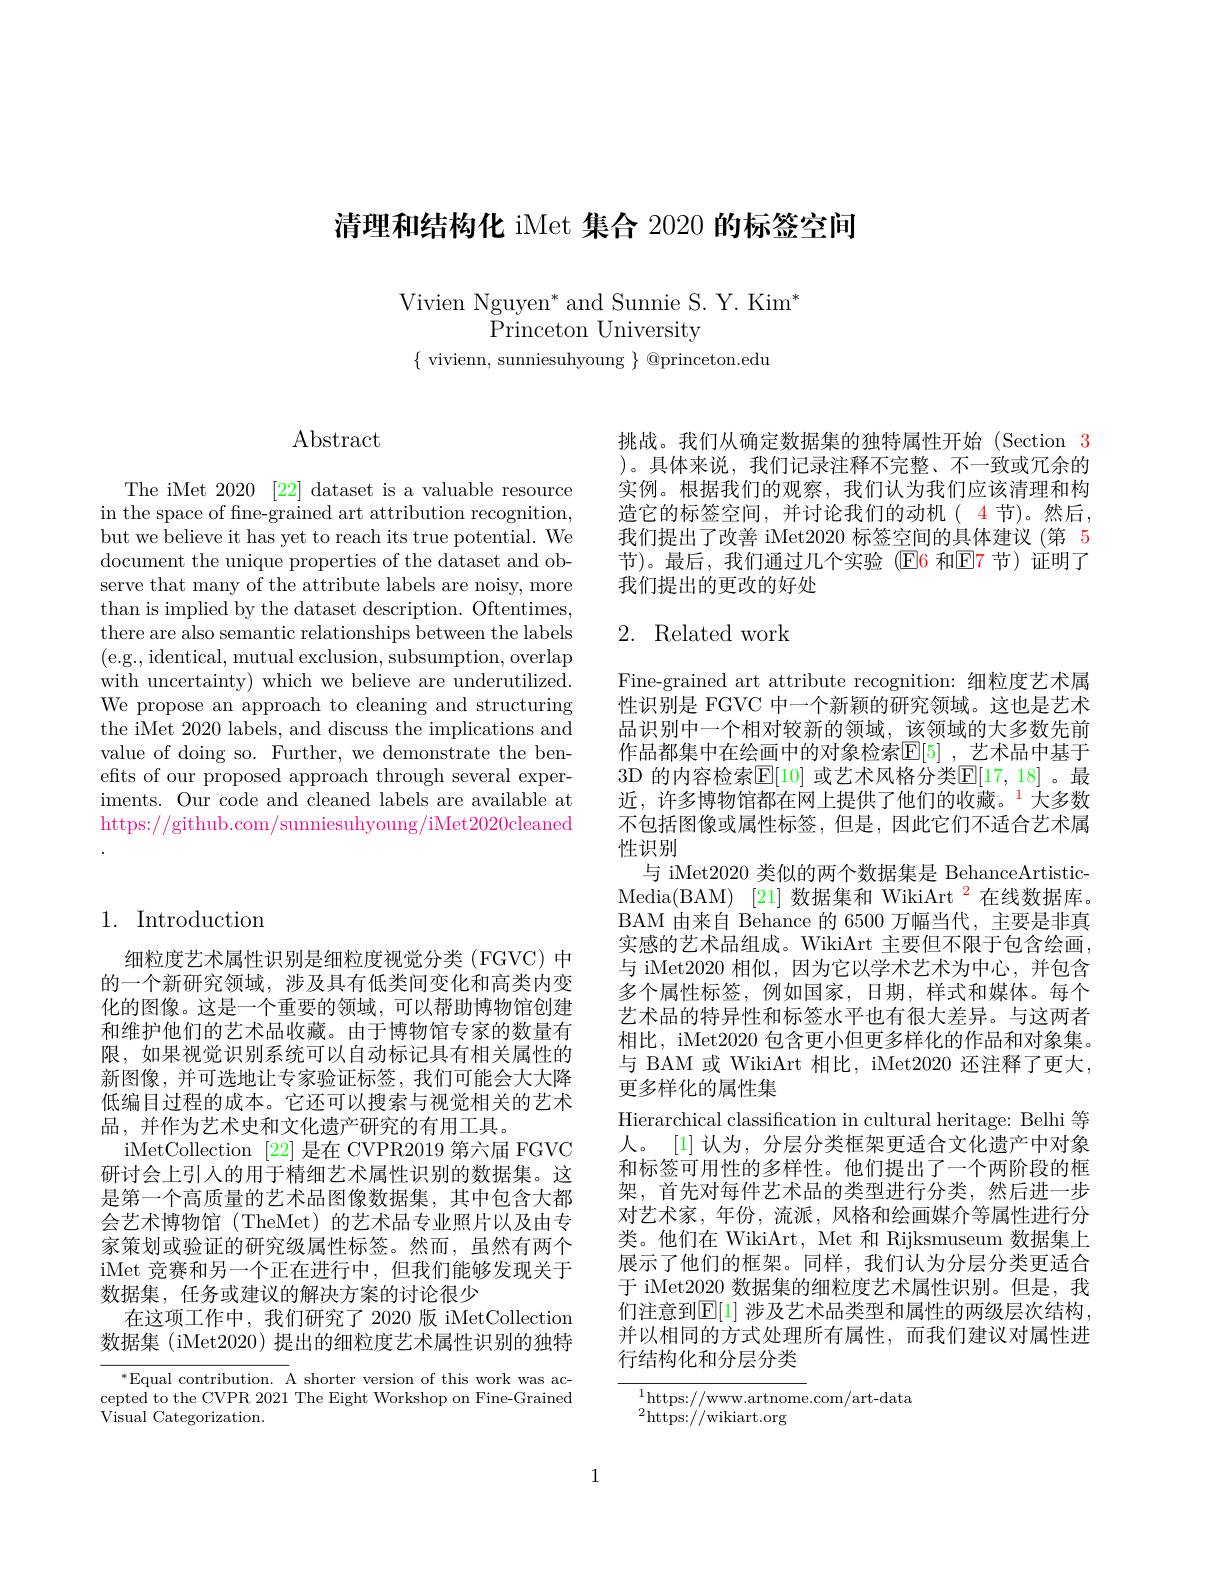
清理和结构化 iMet 集合 2020 的标签空间

Vivien Nguyen* and Sunnie S. Y. Kim$^*$
## Princeton University

$\{$ vivienn, sunniesuhyoung $\}$ @princeton.edu

## $\operatorname{Abstract}$

The iMet 2020 [22] dataset is a valuable resource in the space of fine-grained art attribution recognition, but we believe it has yet to reach its true potential. We document the unique properties of the dataset and observe that many of the attribute labels are noisy, more than is implied by the dataset description. Oftentimes, there are also semantic relationships between the labels (e.g., identical, mutual exclusion, subsumption, overlap with uncertainty) which we believe are underutilized. We propose an approach to cleaning and structuring the iMet 2020 labels, and discuss the implications and value of doing so. Further, we demonstrate the benefits of our proposed approach through several experiments. Our code and cleaned labels are available at https://github.com/sunniesuhyoung/iMet2020cleaned

## 1. Introduction

细粒度艺术属性识别是细粒度视觉分类(FGVC)中的一个新研究领域，涉及具有低类间变化和高类内变化的图像。这是一个重要的领域，可以帮助博物馆创建和维护他们的艺术品收藏。由于博物馆专家的数量有限，如果视觉识别系统可以自动标记具有相关属性的新图像，并可选地让专家验证标签，我们可能会大大降低编目过程的成本。它还可以搜索与视觉相关的艺术品，并作为艺术史和文化遗产研究的有用工具。
iMetCollection [22]是在 CVPR2019 第六届 FGVC 研讨会上引人的用于精细艺术属性识别的数据集。这是第一个高质量的艺术品图像数据集，其中包含大都会艺术博物馆(TheMet)的艺术品专业照片以及由专家策划或验证的研究级属性标签。然而，虽然有两个iMet 竞赛和另一个正在进行中，但我们能够发现关于数据集，任务或建议的解决方案的讨论很少
在这项工作中，我们研究了 2020 版 iMetCollection 数据集 (iMet2020) 提出的细粒度艺术属性识别的独特

$^*$Equal contribution. A shorter version of this work was accepted to the CVPR 2021 The Eight Workshop on Fine-Grained ${\mathrm{Visual~Categorization.}}$

挑战。我们从确定数据集的独特属性开始 (Section 3 )。具体来说，我们记录注释不完整、不一致或冗余的实例。根据我们的观察，我们认为我们应该清理和构造它的标签空间，并讨论我们的动机( 4 节)。然后， 我们提出了改善 iMet2020 标签空间的具体建议 (第 5节)。最后，我们通过几个实验(E6 和$\mathbb{E}$7 节)证明了我们提出的更改的好处

## 2. Related work

Fine-grained art attribute recognition: 细粒度艺术属性识别是 FGVC 中一个新颖的研究领域。这也是艺术品识别中一个相对较新的领域，该领域的大多数先前作品都集中在绘画中的对象检索$\mathbb{E}[5]$ ,艺术品中基于3D 的内容检索$\mathbb{E}[10]$ 或艺术风格分类$\mathbb{E}[17,18]$。最近，许多博物馆都在网上提供了他们的收藏。$^{1}$大多数不包括图像或属性标签，但是，因此它们不适合艺术属性识别
与 iMet2020 类似的两个数据集是 BehanceArtisticMedia(BAM) [21] 数据集和 WikiArt $^{\color{red}2}$在线数据库。BAM 由来自 Behance 的 6500 万幅当代，主要是非真实感的艺术品组成。WikiArt 主要但不限于包含绘画， 与 iMet2020 相似，因为它以学术艺术为中心，并包含多个属性标签，例如国家，日期，样式和媒体。每个艺术品的特异性和标签水平也有很大差异。与这两者相比，iMet2020 包含更小但更多样化的作品和对象集。与 BAM 或 WikiArt 相比，iMet2020 还注释了更大， 更多样化的属性集
Hierarchical classification in cultural heritage: Belhi 等人。[1]认为，分层分类框架更适合文化遗产中对象和标签可用性的多样性。他们提出了一个两阶段的框架，首先对每件艺术品的类型进行分类，然后进一步对艺术家，年份，流派，风格和绘画媒介等属性进行分类。他们在 WikiArt, Met 和 Rijksmuseum 数据集上展示了他们的框架。同样，我们认为分层分类更适合于 iMet2020 数据集的细粒度艺术属性识别。但是，我们注意到$\mathbb{E}[1]$ 涉及艺术品类型和属性的两级层次结构， 并以相同的方式处理所有属性，而我们建议对属性进行结构化和分层分类

$^{1}$https://www.artnome.com/art-data
$^{2}$https://wikiart.org

1